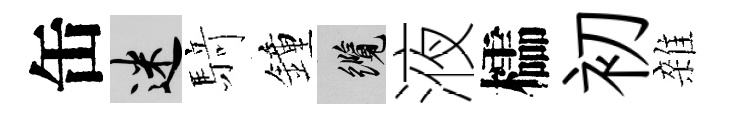
缶迷𮪍鐘纜液櫺初雜